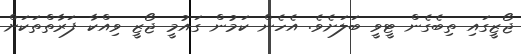
ޖޯޒީގައި ތިބެގެން ޓީވީ ބަލަށެވެ. އެހެން ކަމުން ގައުމީ ޖޯޒީ ވިއްކާ ފަރާތްތަކަށް